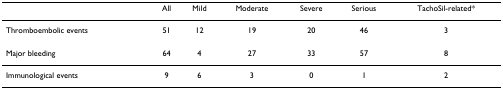
<table><thead><tr><td></td><td><b>All</b></td><td><b>Mild</b></td><td><b>Moderate</b></td><td><b>Severe</b></td><td><b>Serious</b></td><td><b>TachoSil-related*</b></td></tr></thead><tbody><tr><td>Thromboembolic events</td><td>51</td><td>12</td><td>19</td><td>20</td><td>46</td><td>3</td></tr><tr><td>Major bleeding</td><td>64</td><td>4</td><td>27</td><td>33</td><td>57</td><td>8</td></tr><tr><td>Immunological events</td><td>9</td><td>6</td><td>3</td><td>0</td><td>1</td><td>2</td></tr></tbody></table>